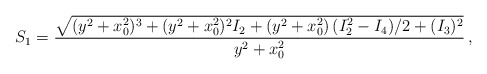
\begin{align*}S_1=\frac{\sqrt{(y^2+x_0^2)^3+(y^2+x_0^2)^2 I_2+(y^2+x_0^2)\, (I_2^2-I_4)/2 +(I_3)^2}}{y^2+x_0^2}\, ,\end{align*}